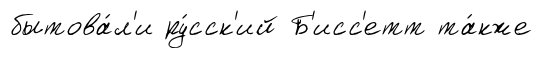
бытова́л'и ру́сск'ий Б'исс'етт та́кже